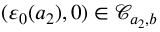
( \varepsilon _ { 0 } ( a _ { 2 } ) , 0 ) \in \mathcal { C } _ { a _ { 2 } , b }